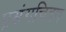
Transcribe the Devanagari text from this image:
प्रसंगचित्रण